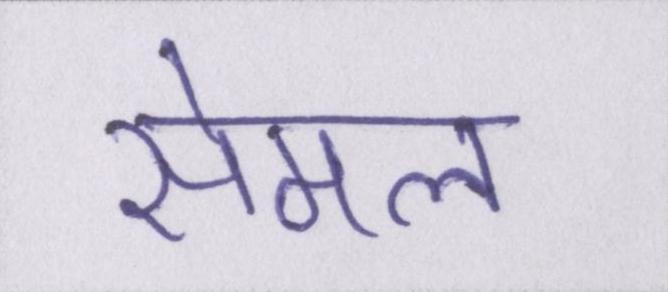
सेमल